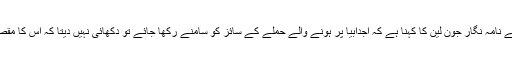
بن غازی میں موجود بی بی سی کے نامہ نگار جون لین کا کہنا ہے کہ اجدابیا پر ہونے والے حملے کے سائز کو سامنے رکھا جائے تو دکھائی نہیں دیتا کہ اس کا مقصد شہر پر کنٹرول حاصل کرنا تھا۔